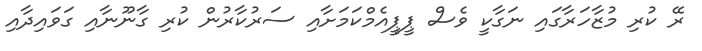
ރޭ ކުރި މުޒާހަރާގައި ނަގާކީ ވެސް ޕީޕީއެމްކަމަށާއި ސަރުކާރުން ކުރި ގާނޫނާއި ގަވައިދާއި